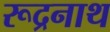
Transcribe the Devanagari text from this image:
रूद्रनाथ